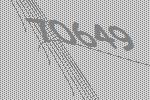
70649